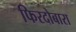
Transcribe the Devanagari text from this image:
फिरदोबारा